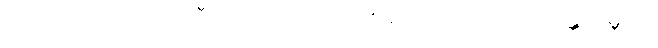
ဝိပဿိဘဂဝါ၊ ဝိပဿီဘုရားသည်။ ယကပ္ပေ၊ အကြင်သာရမန္တကမ္ဘာ၌။